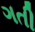
ગતી